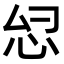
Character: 𫹹